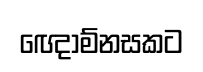
ඥොම්නසකට